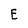
Character: E